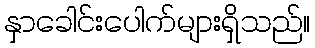
နှာခေါင်းပေါက်များရှိသည်။